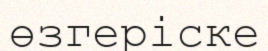
өзгеріске